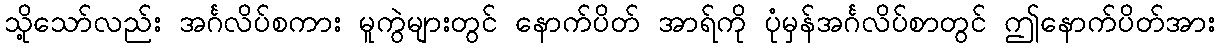
သို့သော်လည်း အင်္ဂလိပ်စကား မူကွဲများတွင် နောက်ပိတ် အာရ်ကို ပုံမှန်အင်္ဂလိပ်စာတွင် ဤနောက်ပိတ်အား